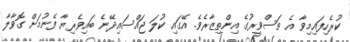
ކުރެހިފައިމިވާ އެ ތަސްވީރުގެ އިންތިޒާރެވެ. އޭގައި ކުލަ ޖައްސައިދޭނެ ބައިވެރިޔާ ފެނުމަށް ގޮވާލާ